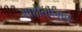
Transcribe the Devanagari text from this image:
शाहीतालाब